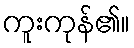
ကူးကုန်၏။